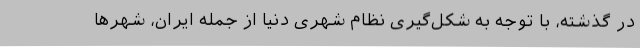
در گذشته، با توجه به شکل‌گیری نظام شهری دنیا از جمله ایران، شهرها